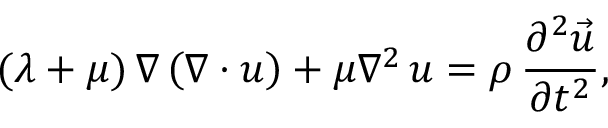
( \lambda + \mu ) \, \nabla \left( \nabla \cdot \boldsymbol { u } \right) + \mu \nabla ^ { 2 } \, \boldsymbol { u } = \rho \, \frac { \partial ^ { 2 } \vec { u } } { \partial t ^ { 2 } } ,